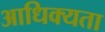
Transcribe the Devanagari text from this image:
आधिक्यता